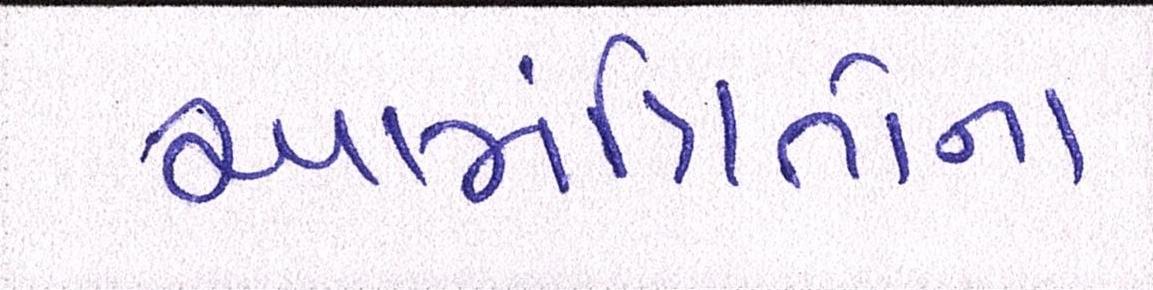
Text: આમંત્રિતોના